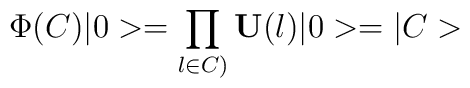
\Phi (C)|0>=\prod_{l\in C)} {\bf U}(l)|0>=|C>